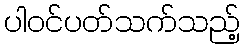
ပါဝင်ပတ်သက်သည့်